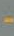
-